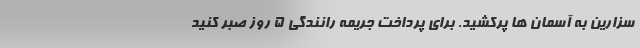
سزارین به آسمان ها پرکشید. برای پرداخت جریمه رانندگی 5 روز صبر کنید